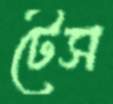
টেস